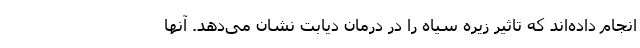
انجام داده‌اند که تاثیر زیره سیاه را در درمان دیابت نشان می‌دهد. آنها